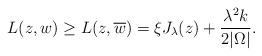
LaTeX: \begin{align*}L(z,w)\geq L(z,\overline{w})=\xi J_\lambda(z)+\frac{\lambda^2 k}{2\vert\Omega\vert}. \end{align*}